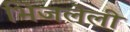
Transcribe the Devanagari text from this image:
भिजलेली